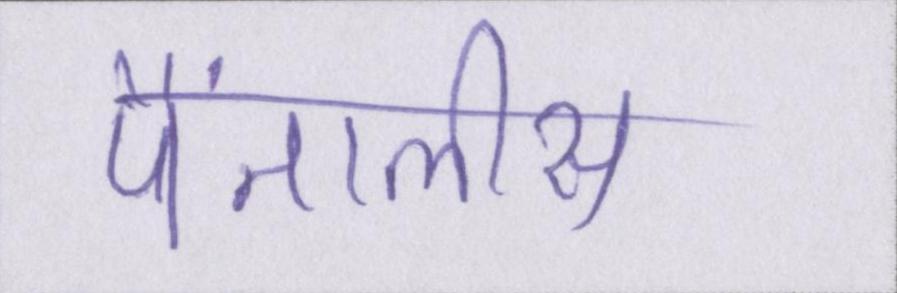
पैंतालीस